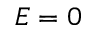
E = 0